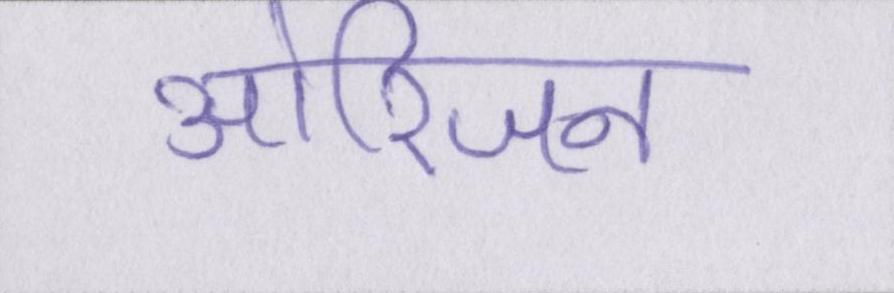
ओरिजन